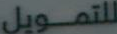
للتمويل